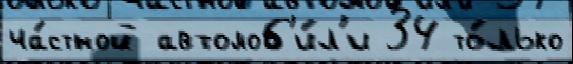
ча́стной автомоб'и́л'и 34 то́лько